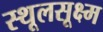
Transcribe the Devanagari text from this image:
स्थूलसूक्ष्म